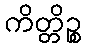
ကိတ္တိဉ္စ